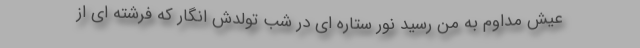
عیش مداوم به من رسید نور ستاره ای در شب تولدش انگار که فرشته ای از